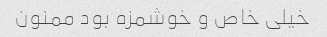
خیلی خاص و خوشمزه بود ممنون